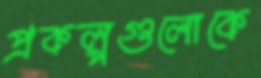
প্রকল্পগুলোকে